Annual report on the working of the mental hospitals in the Madras Presidency - 1912-1932
Year: 1912
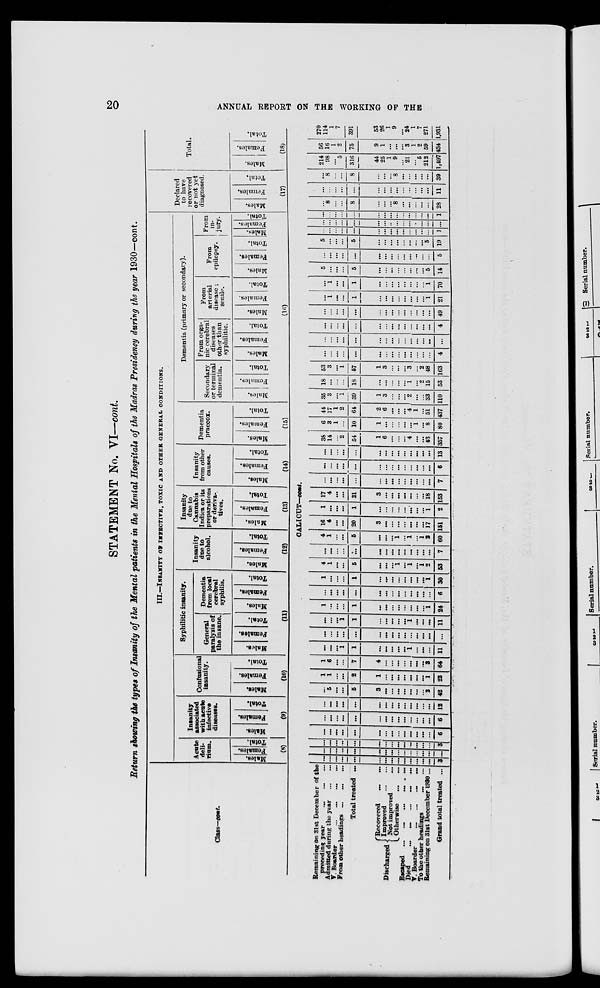
20
ANNUAL REPORT ON THE WORKING OF THE
STATEMENT No. VI—cont.
Return showing the types of Insanity of the Mental patients in the Mental Hospitals of the Madras Presidency during the year 1930—cont.
Class—cont.
Remaining on 31st December of the
preceding year ... ... ...
Admitted during the year
...
...
V. Boarder
...
...
...
...
From other headings ... ... ...
Total treated ...
Discharged
Recovered ... ...
Improved
...
...
Not improved ... ...
Otherwise ... ...
Escaped
...
...
...
...
...
Died
...
...
...
...
...
T. Boarder ... ... ... ...
To the other headings ... ...
Remaining on 31st December 1930 ...
Grand total treated ...
III.—INSANITY OF INFECTIVE TOXIC AND OTHER GENERAL CONDITIONS.
Acute
deli-
rium.
Males.
Females.
Total.
(8)
Insanity
associated
with acute
infective
diseases.
Males.
Females.
Total.
(9)
Confusional
insanity.
Males.
Females.
Total.
(10)
Syphilitic insanity.
General
paralysis of
the insane.
Males.
Females.
Total.
Dementia
from local
cerebral
syphilis.
Males.
Females.
Total.
(11)
Insanity
due to
alcohol.
Males.
Females.
Total.
(12)
Insanity
due to
Cannabis
Indica or its
preparations
or deriva-
tives.
Males.
Females.
Total.
(13)
Insanity
from other
causes.
Males.
Females.
Total.
(14)
Dementia
praecox.
Males.
Females.
Total.
(15)
Dementia (primary or secondary).
Secondary
or terminal
dementia.
Males.
Females.
Total.
From orga-
nic cerebral
diseases
other than
syphilitic.
Males.
Females.
Total.
From
arterial
disease;
senile.
Males.
Females.
Total.
From
epilepsy.
Males.
Females.
Total.
From
in-
jury.
Males.
Females.
Total.
(16)
Declared
to have
recovered
or not yet
diagnosed.
Males.
Females.
Total.
(17)
Total.
Males.
Females.
Total.
(18)
CALICUT—cont.
...
...
...
...
...
...
...
...
...
...
...
...
...
...
3
...
...
...
...
...
...
...
...
...
...
...
...
...
...
...
...
...
...
...
...
...
...
...
...
...
...
...
...
...
3
...
...
...
...
...
...
...
...
...
...
...
...
...
...
6
...
...
...
...
...
...
...
...
...
...
...
...
...
...
6
...
...
...
...
...
...
...
...
...
...
...
...
...
...
12
...
5
...
...
5
3
...
...
...
...
...
...
...
2
42
1
1
...
...
2
1
...
...
...
...
...
...
...
1
22
1
6
...
...
7
4
...
...
...
...
...
...
...
3
64
...
...
...
1
1
...
...
...
...
...
1
...
...
...
11
...
...
...
...
...
...
...
...
...
...
...
...
...
...
...
...
...
...
1
1
...
...
...
...
... 1
...
...
...
11
1
...
...
...
1
...
...
...
...
...
...
...
...
1
24
...
...
...
...
...
...
...
...
...
...
...
...
...
...
6
1
...
...
...
1
...
...
...
...
...
...
...
...
1
30
4
1
...
...
5
...
...
...
1
...
1
...
1
2
53
...
...
...
...
...
...
...
...
...
...
...
...
...
...
7
4
1
...
...
5
...
...
...
1
...
1
...
1
2
60
16
4
...
...
20
3
...
...
...
...
...
...
...
17
151
1
...
...
...
1
...
...
...
...
...
...
...
...
1
2
17
4
...
...
21
3
...
...
...
...
...
...
...
18
153
...
...
...
...
...
...
...
...
...
...
...
...
...
...
7
...
...
...
...
...
...
...
...
...
...
...
...
...
...
6
...
...
...
...
...
...
...
...
...
...
...
...
...
...
13
38
14
...
2
54
1
6
...
...
...
4
...
...
43
357
6
3
1
...
10
1
...
...
...
...
...
1
...
8
80
44
17
1
2
64
2
6
...
...
...
4
1
...
51
437
35
3
...
1
39
1
3
...
...
...
2
...
...
33
110
18
...
...
...
18
...
...
...
...
... 1
...
2
15
53
53
3
...
1
57
1
3
...
...
...
3
...
2
48
163
...
...
...
...
...
...
...
...
...
...
...
...
...
...
4
...
...
...
...
...
...
...
...
...
...
...
...
...
...
...
...
...
...
...
...
...
...
...
...
...
...
...
...
...
4
...
...
...
...
...
...
...
...
...
...
...
...
...
...
49
...
1
...
...
1
...
...
...
...
...
...
...
...
1
21
...
1
...
...
1
...
...
...
...
...
...
...
...
1
70
5
...
...
...
5
...
...
...
...
...
...
...
...
5
14
...
...
...
...
...
...
...
...
...
...
...
...
...
...
5
5
...
...
...
5
...
...
...
...
...
...
...
...
5
19
...
...
...
...
...
...
...
...
...
...
...
...
...
...
1
...
...
...
...
...
...
...
...
...
...
...
...
...
...
...
...
...
...
...
...
...
...
...
...
...
...
...
...
...
1
...
8
...
...
8
...
...
...
8
...
...
...
...
...
28
...
...
...
...
...
...
...
...
...
...
...
...
...
...
11
...
8
...
...
8
...
...
...
8
...
...
...
...
...
39
214
98
...
5
316
44
25
1
9
...
21
...
5
212
1,497
56
16
1
2
75
9
1
...
...
...
3
1
2
59
434
270
114
1
7
391
53
26
1
9
...
24
1
7
271
1,931